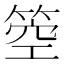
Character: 箜